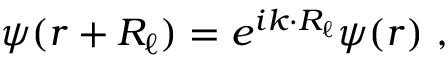
\psi ( { \boldsymbol { r + R _ { \ell } } } ) = e ^ { i { \boldsymbol { k \cdot R _ { \ell } } } } \psi ( { \boldsymbol { r } } ) \ ,